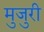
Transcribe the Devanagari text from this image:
मुजुरी